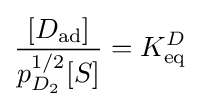
{\frac {[D_{\text{ad}}]}{p_{D_{2}}^{1/2}[S]}}=K_{\text{eq}}^{D}